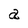
Character: a